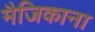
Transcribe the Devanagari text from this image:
मैजिकाना